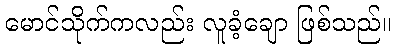
မောင်သိုက်ကလည်း လူခံ့ချော ဖြစ်သည်။